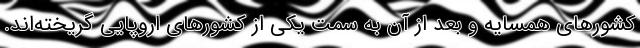
کشورهای همسایه و بعد از آن به سمت یکی از کشورهای اروپایی گریخته‌اند.